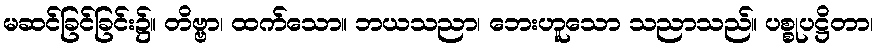
မဆင်ခြင်ခြင်း၌။ တိဗ္ဗာ၊ ထက်သော။ ဘယသညာ၊ ဘေးဟူသော သညာသည်။ ပစ္စုပဋ္ဌိတာ၊